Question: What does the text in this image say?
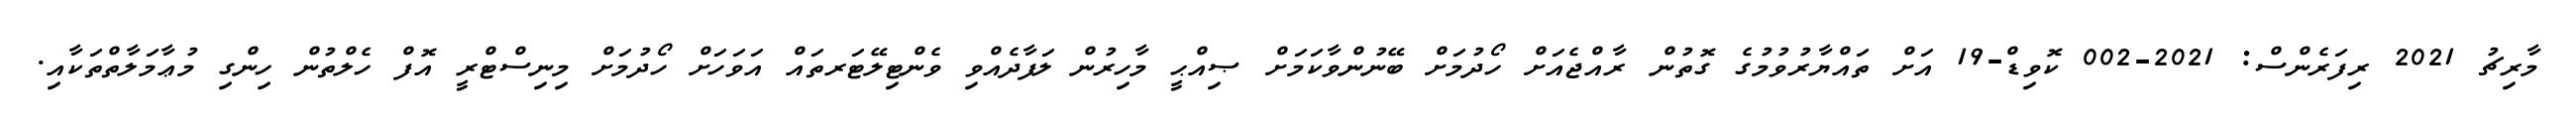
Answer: މާރިޗު 2021 ރިފަރެންސް: 2021-002 ކޮވިޑް-19 އަށް ތައްޔާރުވުމުގެ ގޮތުން ރާއްޖެއަށް ހޯދުމަށް ބޭނުންވާކަމަށް ޞިއްޙީ މާހިރުން ލަފާދެއްވި ވެންޓިލޭޓަރތައް އަވަހަށް ހޯދުމަށް މިނިސްޓްރީ އޮފް ހެލްތުން ހިންގި މުޢާމަލާތްތަކާއި.